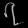
Digit: ၇